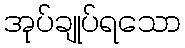
အုပ်ချုပ်ရသော